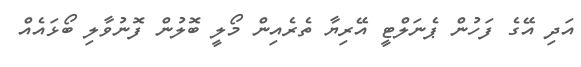
އަދި އޭގެ ފަހުން ޕެނަލްޓީ އޭރިޔާ ތެރެއިން މޯލީ ބޮލުން ފޮނުވާލި ބޯޅައެއް